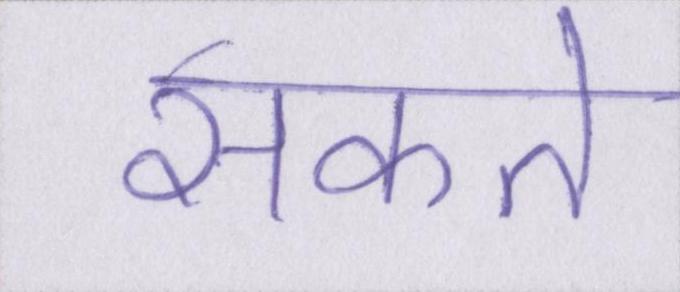
सकते